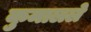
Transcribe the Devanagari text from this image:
कुमालले